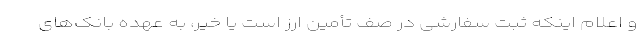
و اعلام اینکه ثبت سفارشی در صف تأمین ارز است یا خیر، به عهده بانک‌های